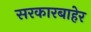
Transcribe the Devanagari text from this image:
सरकारबाहेर